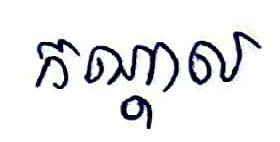
កណ្ដាល